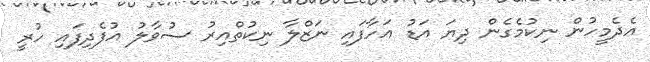
އެދެމީހުން ނިކުމެގެން ދިޔަ އަޑު އަހާފައި ނަޒްލާ ނިކުތްއިރު ސުވާލު އުފެދިފައި ހުރީ